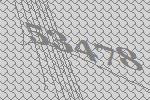
53478